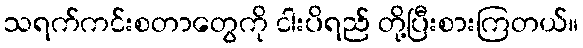
သရက်ကင်းစတာတွေကို ငါးပိရည် တို့ပြီးစားကြတယ်။